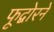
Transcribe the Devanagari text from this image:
फूद्बोरने